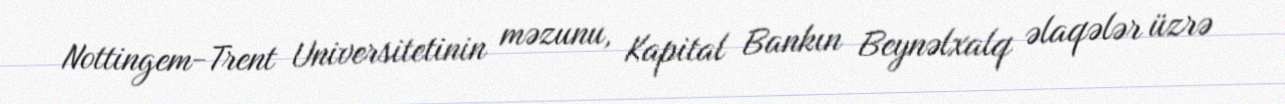
Nottingem-Trent Universitetinin məzunu, Kapital Bankın Beynəlxalq əlaqələr üzrə